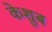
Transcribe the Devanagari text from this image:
केशुब